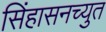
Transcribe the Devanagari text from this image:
सिंहासनच्युत